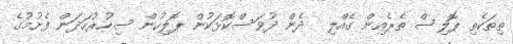
ތިތަކެތި ޕޮލިސް ތެރެއިން ގެއްލި  ދެން ދުވަސްކޮޅަކުން ޕޮލިހުން ސިހުރުހަދަން ފެށުމުގެ